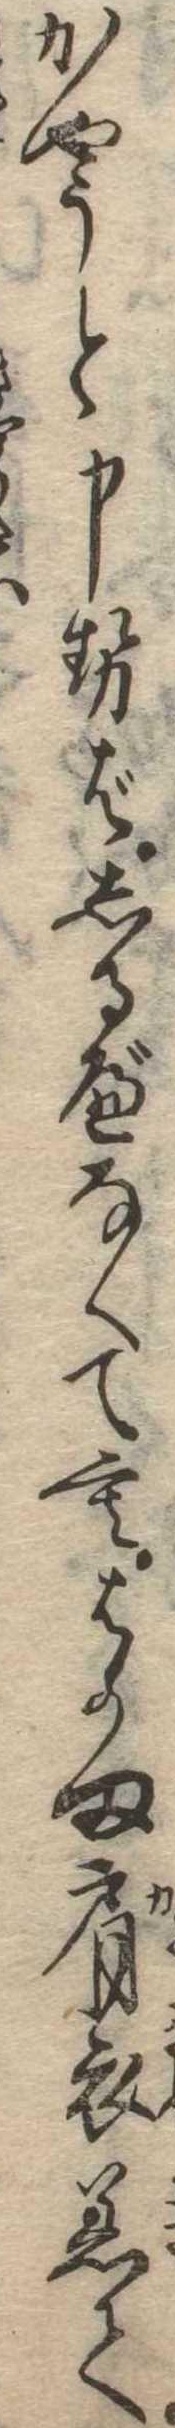
かやうと申せばしるべなくてもはかま肩衣着て